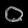
Digit: ၀